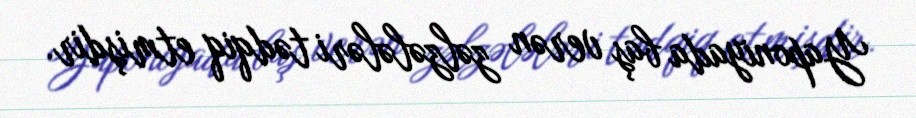
Yaponiyada baş verən zəlzələləri tədqiq etmişdir.